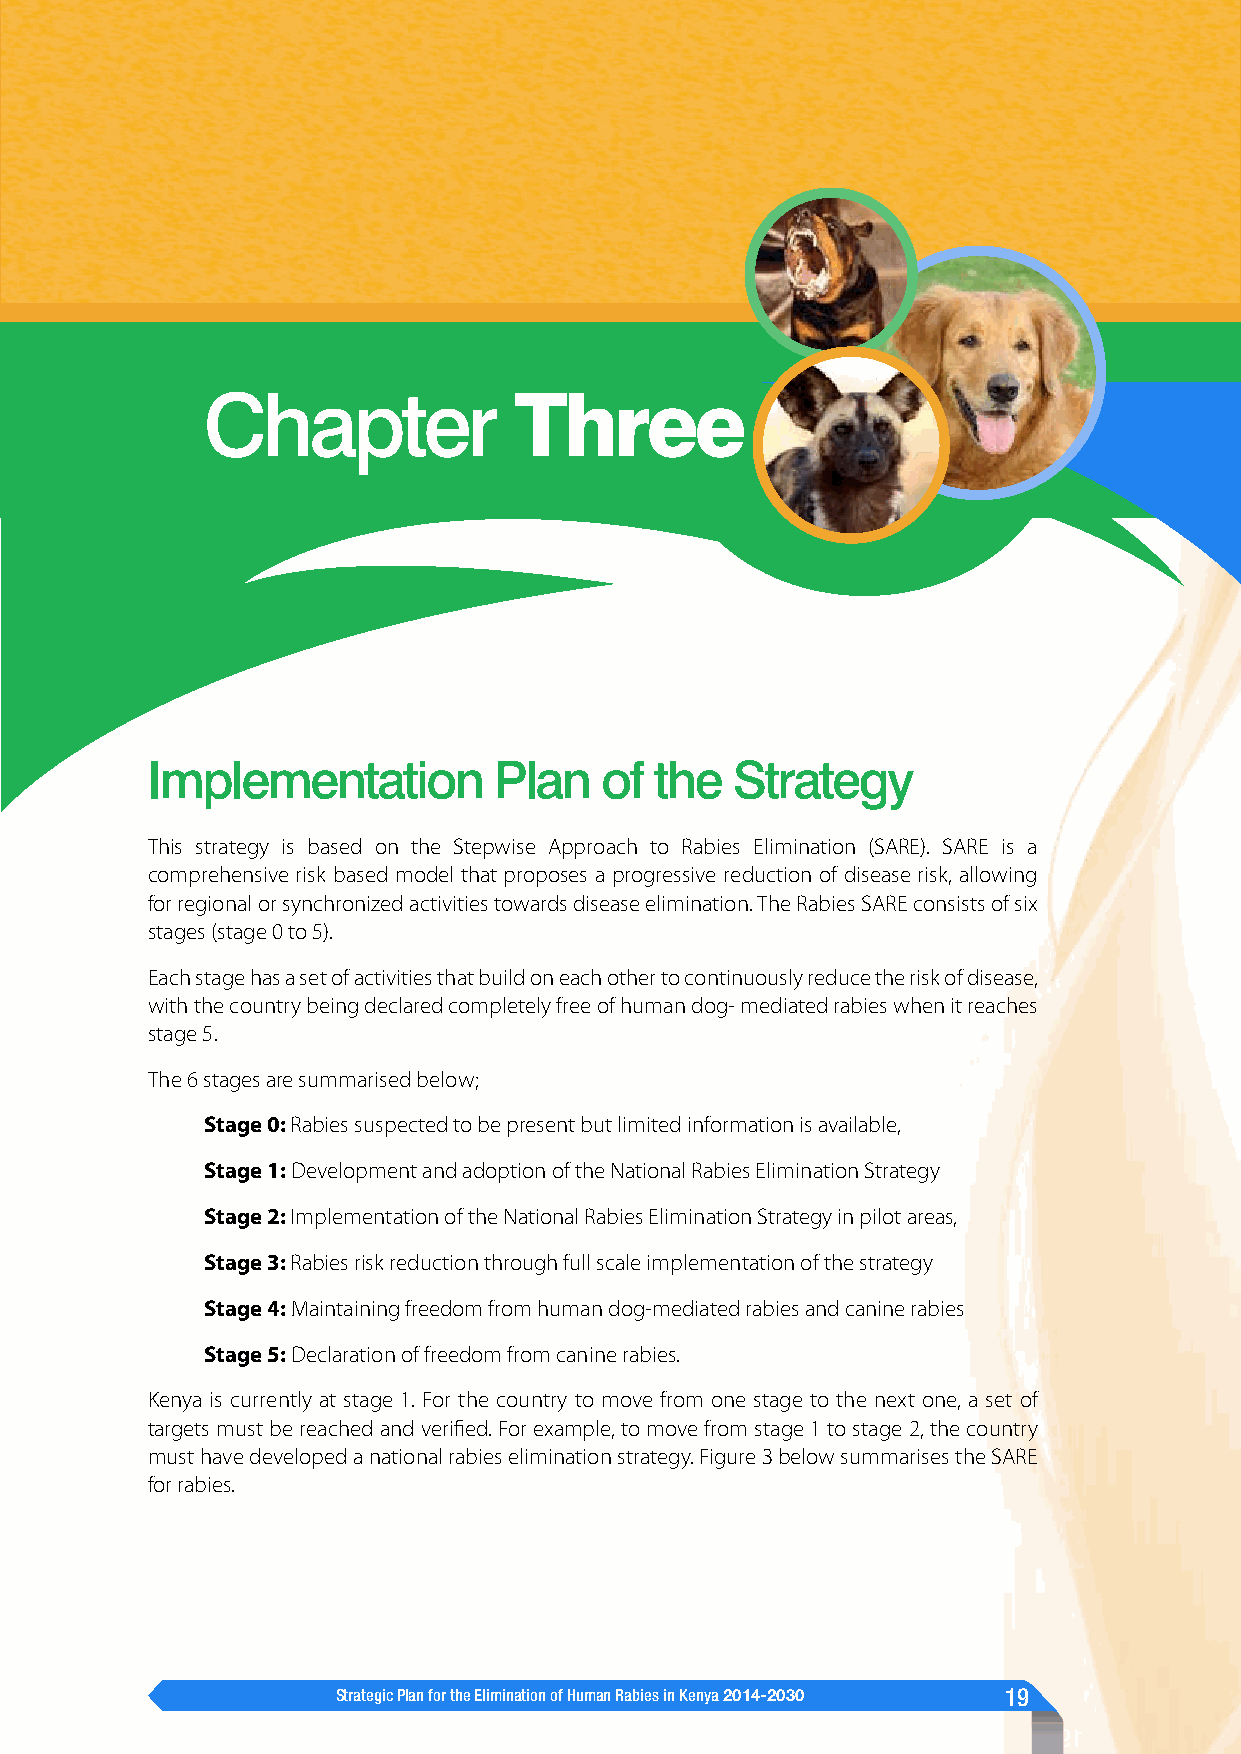
Chapter              Three
 Implementation         Plan   of the  Strategy
 This strategy is based on the Stepwise Approach to Rabies Elimination (SARE). SARE is a
 comprehensive risk based model that proposes a progressive reduction of disease risk, allowing
 for regional or synchronized activities towards disease elimination. The Rabies SARE consists of six
 stages (stage 0 to 5).
 Each stage has a set of activities that build on each other to continuously reduce the risk of disease,
 with the country being declared completely free of human dog- mediated rabies when it reaches
 stage 5.
 The 6 stages are summarised below;
 Stage 0: Rabies suspected to be present but limited information is available,
 Stage 1: Development and adoption of the National Rabies Elimination Strategy
 Stage 2: Implementation of the National Rabies Elimination Strategy in pilot areas,
 Stage 3: Rabies risk reduction through full scale implementation of the strategy
 Stage 4: Maintaining freedom from human dog-mediated rabies and canine rabies
 Stage 5: Declaration of freedom from canine rabies.
 Kenya is currently at stage 1. For the country to move from one stage to the next one, a set of
 targets must be reached and verified. For example, to move from stage 1 to stage 2, the country
 must have developed a national rabies elimination strategy. Figure 3 below summarises the SARE
 for rabies.
 Strategic Plan for the Elimination of Human Rabies in Kenya 2014-2030 19
 9 1